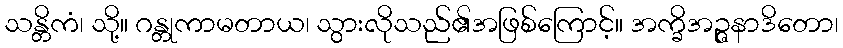
သန္တိကံ၊ သို့။ ဂန္တုကာမတာယ၊ သွားလိုသည်၏အဖြစ်ကြောင့်။ အက္ခိအဉ္ဇနာဒိတော၊